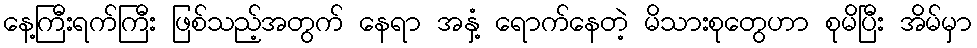
နေ့ကြီးရက်ကြီး ဖြစ်သည့်အတွက် နေရာ အနှံ့ ရောက်နေတဲ့ မိသားစုတွေဟာ စုမိပြီး အိမ်မှာ